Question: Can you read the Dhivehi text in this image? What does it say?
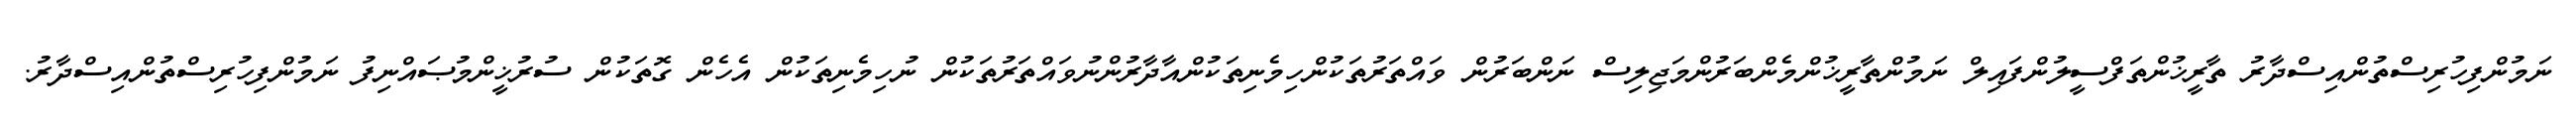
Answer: ނަމުންފިހުރިސްތުންއިސްދާރު ތާރީޚުންތަފްސީލުންފައިލް ނަމުންތާރީޚުންމެންބަރުންމަޖިލިސް ނަންބަރުން ވައްތަރުތަކުންހިމެނިތަކުންއާދާރުންނުވައްތަރުތަކުން ނުހިމެނިތަކުން އެހެން ގޮތަކުން ސުރުޚީންމުޞައްނިފު ނަމުންފިހުރިސްތުންއިސްދާރު.